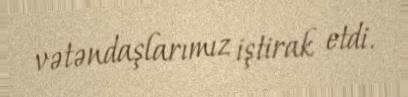
vətəndaşlarımız iştirak etdi.